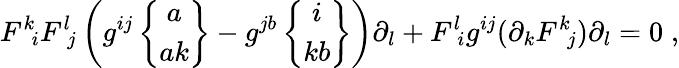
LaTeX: F^{k}\! _{i}F^{l}\! _{j}\left(g^{ij}\left\{ \begin{array}{c}{{a}}\\ {{ak}}\end{array}\right\} -g^{jb}\left\{ \begin{array}{c}{{i}}\\ {{kb}}\end{array}\right\} \right)\partial_{l}+F^{l}\! _{i}g^{ij}(\partial_{k}F^{k}\! _{j})\partial_{l}=0\; ,